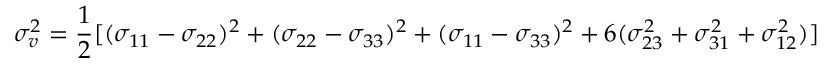
\sigma _ { v } ^ { 2 } = { \frac { 1 } { 2 } } [ ( \sigma _ { 1 1 } - \sigma _ { 2 2 } ) ^ { 2 } + ( \sigma _ { 2 2 } - \sigma _ { 3 3 } ) ^ { 2 } + ( \sigma _ { 1 1 } - \sigma _ { 3 3 } ) ^ { 2 } + 6 ( \sigma _ { 2 3 } ^ { 2 } + \sigma _ { 3 1 } ^ { 2 } + \sigma _ { 1 2 } ^ { 2 } ) ]